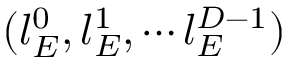
( l _ { E } ^ { 0 } , l _ { E } ^ { 1 } , \cdots l _ { E } ^ { D - 1 } )